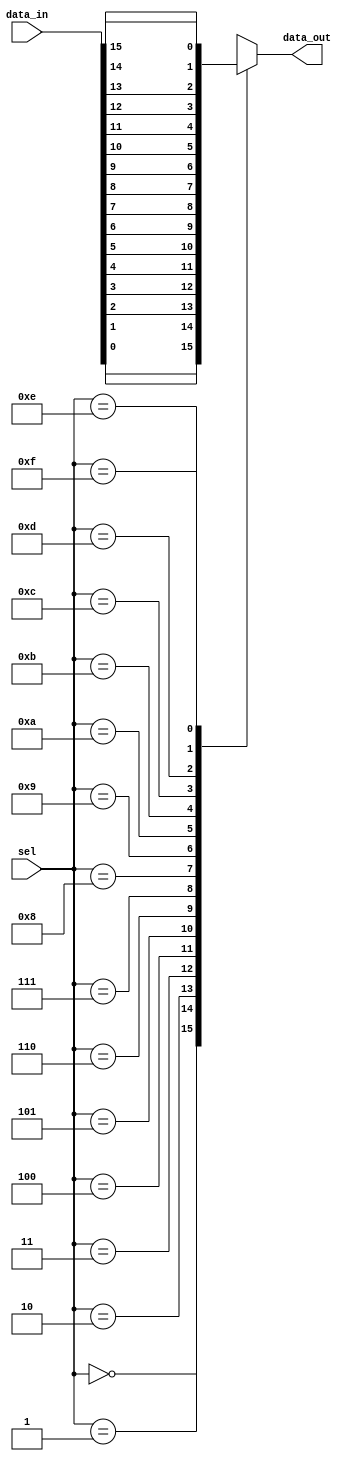
// This program was cloned from: https://github.com/Aryavardhan37/Verilog_codes
// License: MIT License

module mux162(input [15:0] data_in,input [3:0] sel,output reg data_out);

always @* begin
    case(sel)
        4'b0000: data_out = data_in[0];
        4'b0001: data_out = data_in[1];
        4'b0010: data_out = data_in[2];
        4'b0011: data_out = data_in[3];
        4'b0100: data_out = data_in[4];
        4'b0101: data_out = data_in[5];
        4'b0110: data_out = data_in[6];
        4'b0111: data_out = data_in[7];
        4'b1000: data_out = data_in[8];
        4'b1001: data_out = data_in[9];
        4'b1010: data_out = data_in[10];
        4'b1011: data_out = data_in[11];
        4'b1100: data_out = data_in[12];
        4'b1101: data_out = data_in[13];
        4'b1110: data_out = data_in[14];
        4'b1111: data_out = data_in[15];
        default: data_out = 1'b0; 
    endcase
end
endmodule